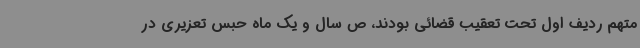
متهم ردیف اول تحت تعقیب قضائی بودند، ص سال و یک ماه حبس تعزیری در